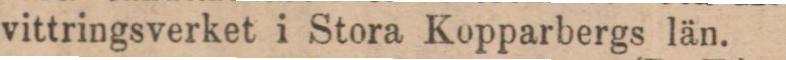
vittringsverket i Stora Kopparbergs län.